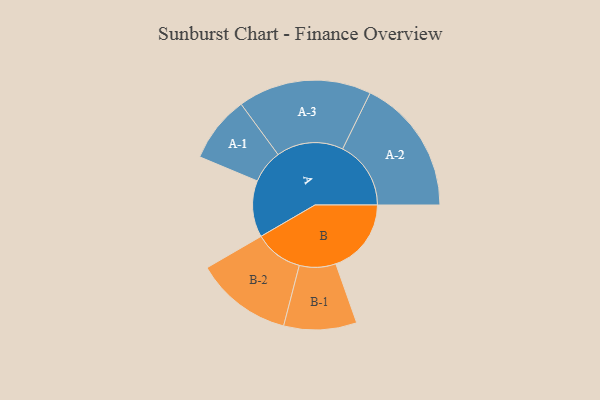
{"axis": {"x": "Segment", "y": "Value"}, "legend": ["", "A", "B"], "data": [{"x": "A", "y": 197, "type": ""}, {"x": "B", "y": 263, "type": ""}, {"x": "A-1", "y": 116, "type": "A"}, {"x": "A-2", "y": 238, "type": "A"}, {"x": "A-3", "y": 233, "type": "A"}, {"x": "B-1", "y": 127, "type": "B"}, {"x": "B-2", "y": 169, "type": "B"}]}